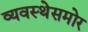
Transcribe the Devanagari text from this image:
व्यवस्थेसमोर